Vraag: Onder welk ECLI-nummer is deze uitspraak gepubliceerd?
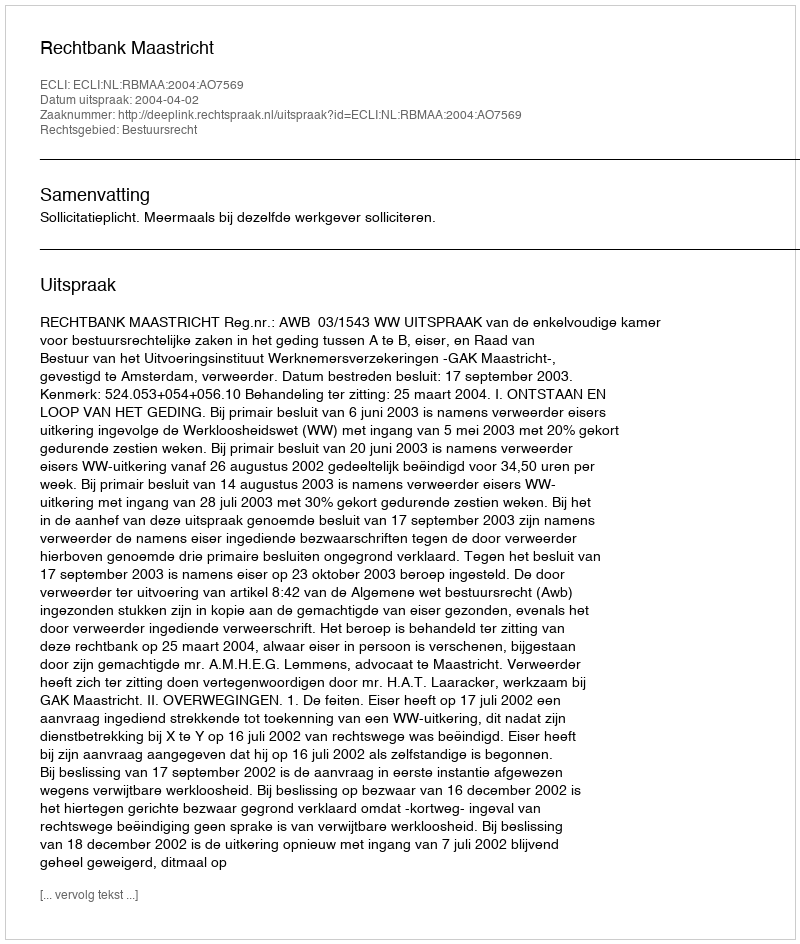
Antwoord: ECLI:NL:RBMAA:2004:AO7569